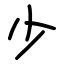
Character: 少